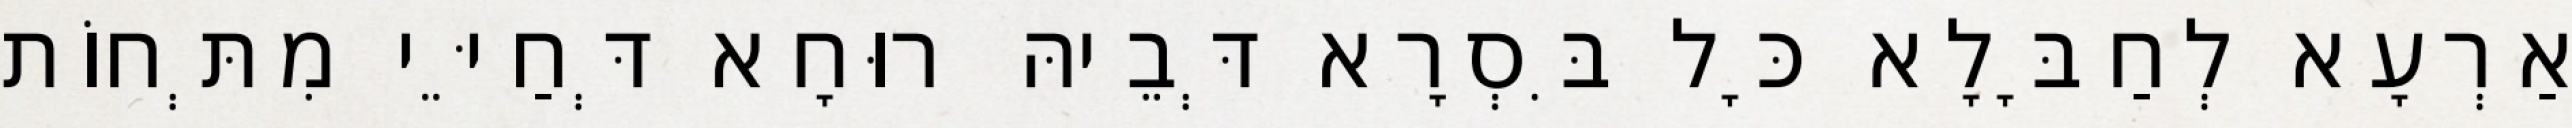
אַרְעָא לְחַבָּלָא כָּל בִּסְרָא דְּבֵיהּ רוּחָא דְּחַיֵּי מִתְּחוֹת